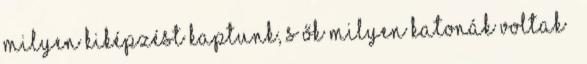
milyen kiképzést kaptunk, s ők milyen katonák voltak ”